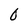
Character: 0